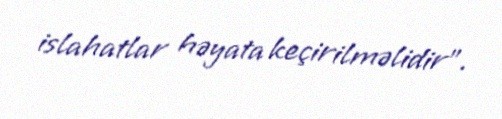
islahatlar həyata keçirilməlidir”.